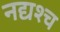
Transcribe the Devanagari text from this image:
नद्यश्‍च